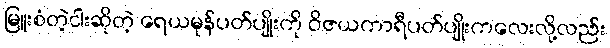
မြူးစံတဲ့ငါးဆိုတဲ့ ရေယမုန်ပတ်ပျိုးကို ဝိဇယကာရီပတ်ပျိုးကလေးလို့လည်း